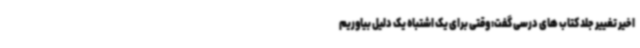
اخیر تغییر جلد کتاب های درسی گفت: وقتی برای یک اشتباه یک دلیل بیاوریم